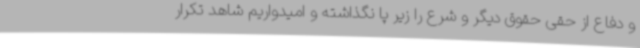
و دفاع از حقی حقوق دیگر و شرع را زیر پا نگذاشته و امیدواریم شاهد تکرار